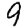
Digit: 9